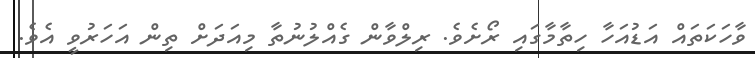
ވާހަކަތައް އަޑުއަހާ ހިތާމާގައި ރޯށެވެ. ރިލްވާން ގެއްލުނުތާ މިއަދަށް ތިން އަހަރުވީ އެވެ.